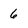
Character: 6